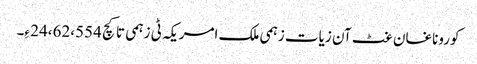
کوروناغان غٹ آن زیات زہمی ملک امریکہ ٹی زہمی تا کچ 24،62،554 ءِ۔